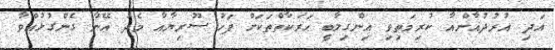
އަދި އުރުދުޣާންއާ ކުރިމަތިވި އިންގިލާބީ ހަރަކާތްތަކަށް ފަހު ސޫރިޔާއާ މެދު އޭނާ ގެންގުޅުއްވާ